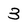
Character: 3